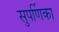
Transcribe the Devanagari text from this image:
सुपर्णिका